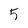
Character: 5